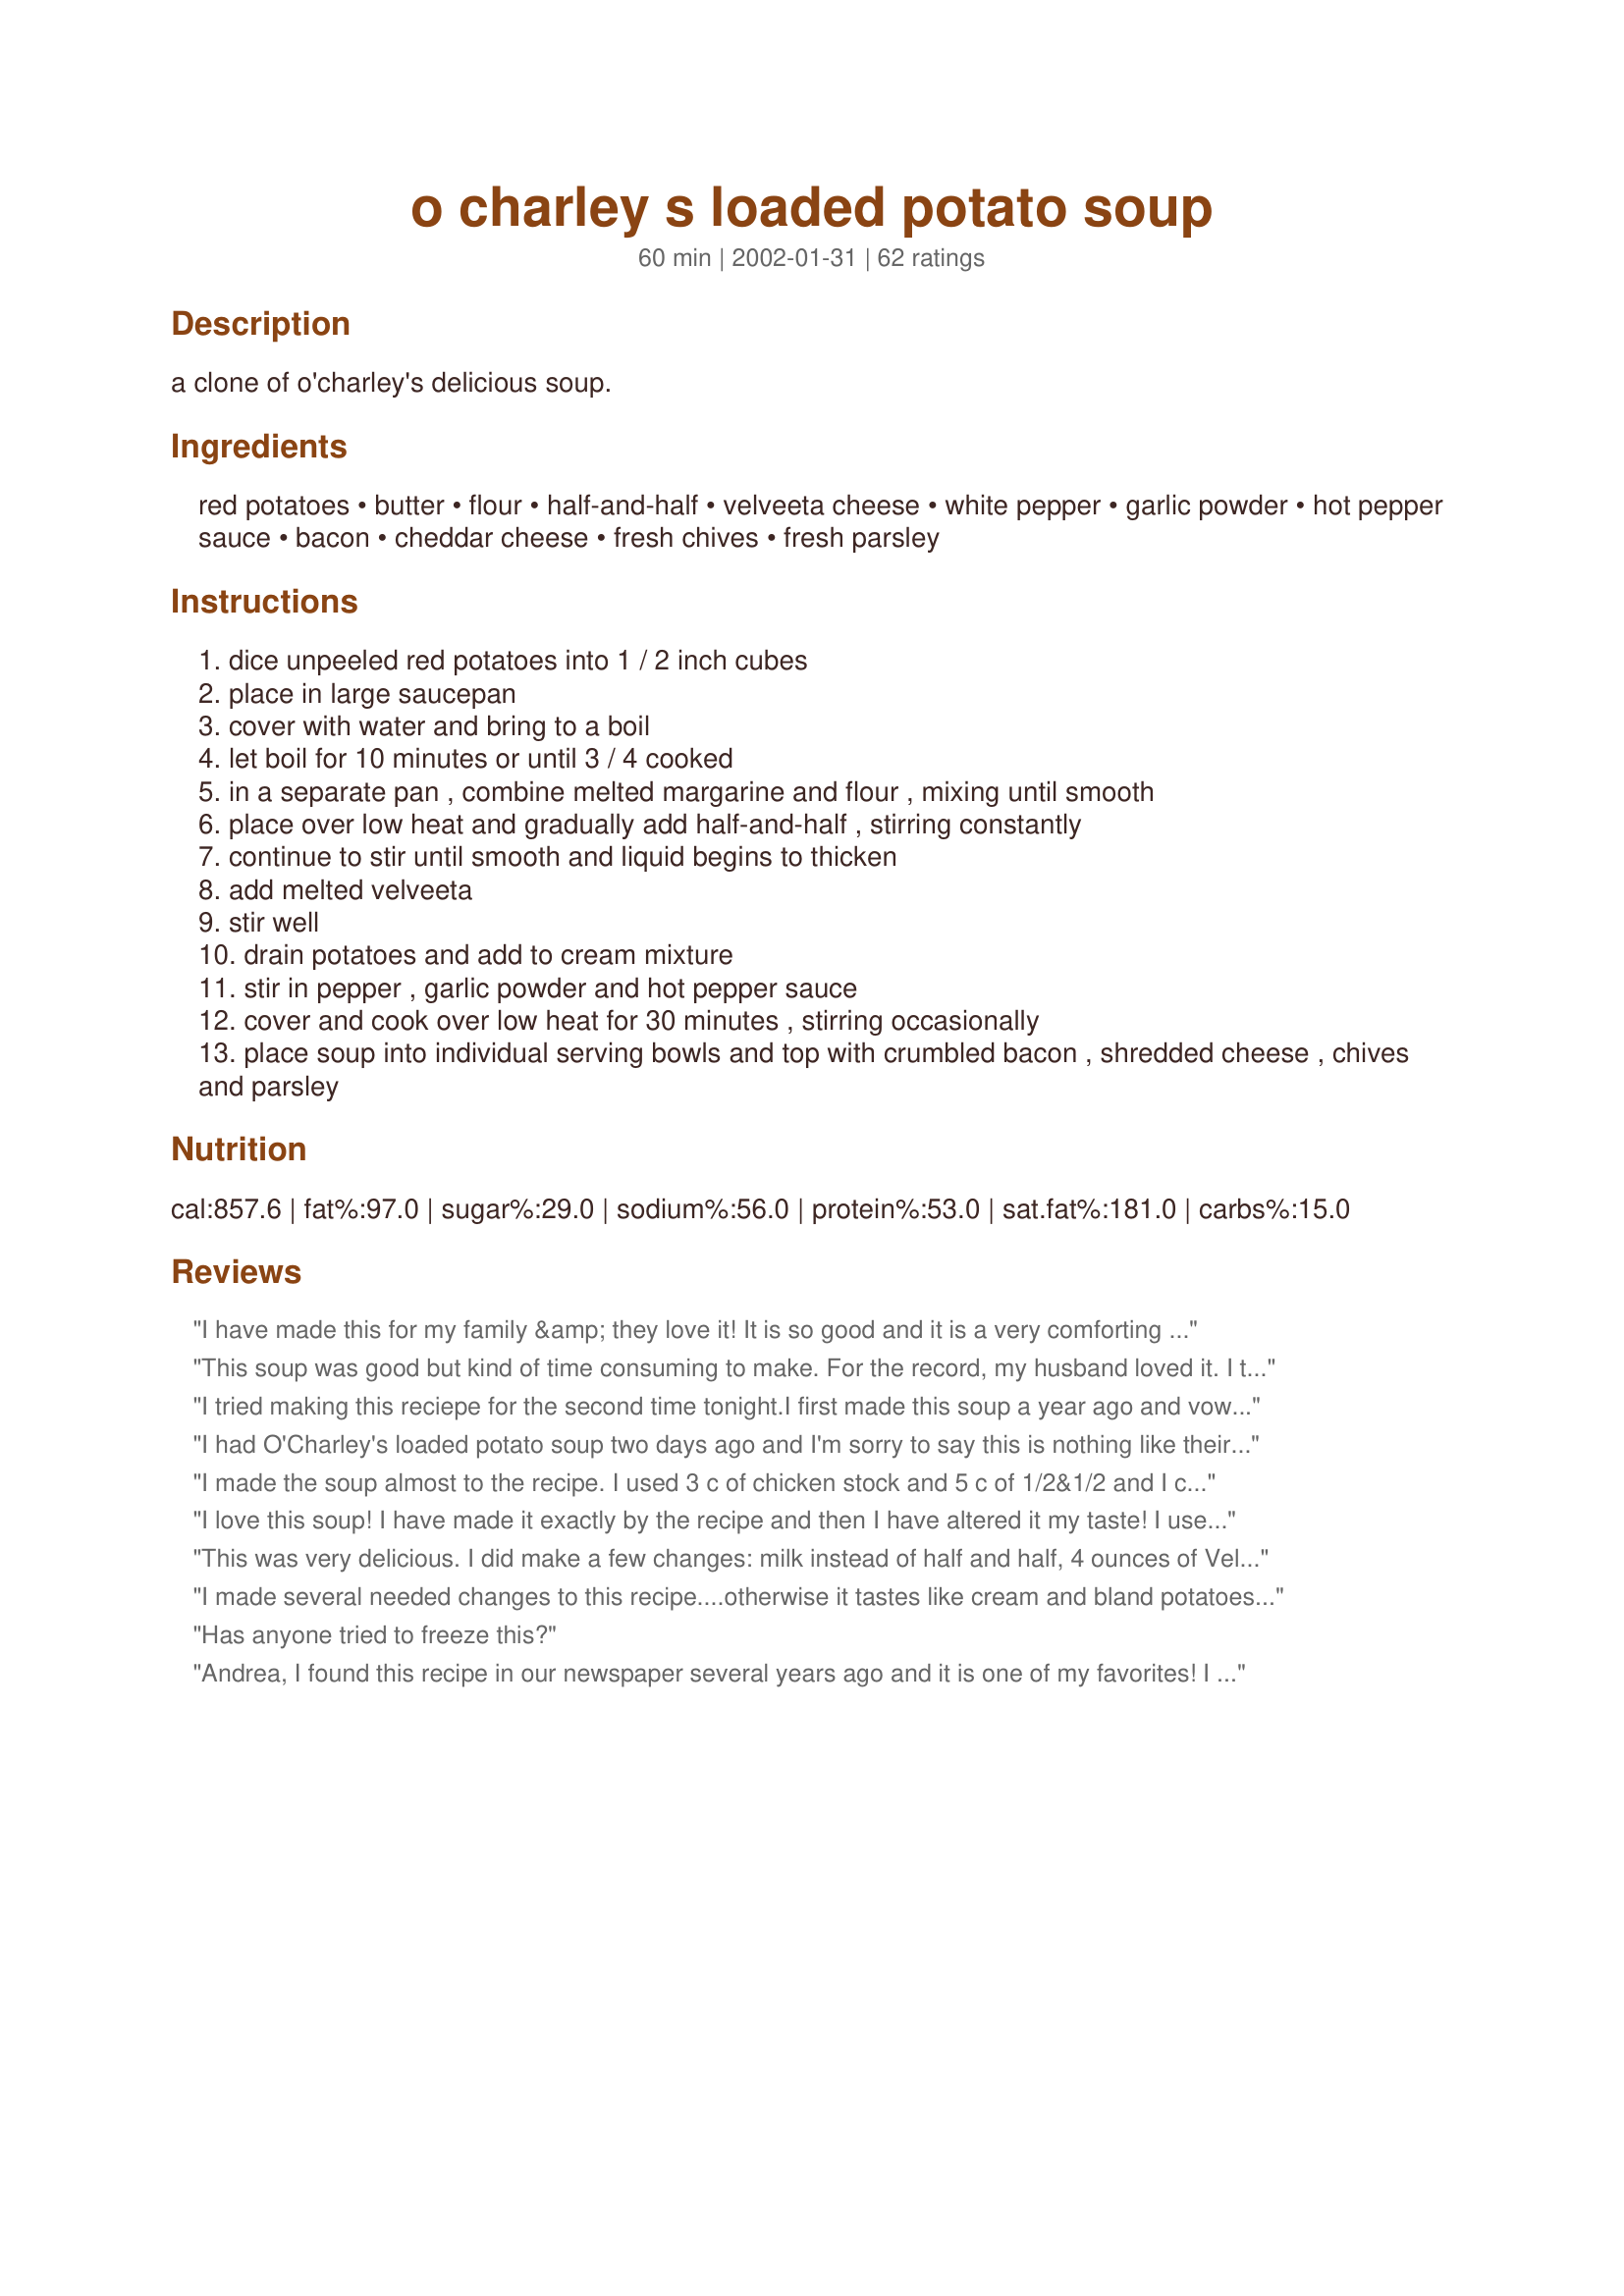
o charley s loaded potato soup
Preparation time: 60 minutes

a clone of o'charley's delicious soup.

Ingredients:
red potatoes, butter, flour, half-and-half, velveeta cheese, white pepper, garlic powder, hot pepper sauce, bacon, cheddar cheese, fresh chives, fresh parsley

Steps:
dice unpeeled red potatoes into 1 / 2 inch cubes
place in large saucepan
cover with water and bring to a boil
let boil for 10 minutes or until 3 / 4 cooked
in a separate pan , combine melted margarine and flour , mixing until smooth
place over low heat and gradually add half-and-half , stirring constantly
continue to stir until smooth and liquid begins to thicken
add melted velveeta
stir well
drain potatoes and add to cream mixture
stir in pepper , garlic powder and hot pepper sauce
cover and cook over low heat for 30 minutes , stirring occasionally
place soup into individual serving bowls and top with crumbled bacon , shredded cheese , chives and parsley

Reviews:
I have made this for my family &amp; they love it! It is so good and it is a very comforting soup. I love to make it on cool, fall days!
This soup was good but kind of time consuming to make. For the record, my husband loved it. I think using at least 1 cup of chicken stock in place of a cup of the half and half would add some flavor to the soup. I'll try that next time if I make it again.
I tried making this reciepe for the second time tonight.I first made this soup a year ago and vowed to never waste my money agian but I thought it's been a year,i'll give it another shot. No. I have no idea how so many people say this is an easy reciepe. It's the most hectic recipe ever. I love to cook, cook all the time. never have a problem with my food not turning out but this soup. It's too much half and half and not enough cheese I always end up pouring some out and melting more cheese to put in this. Today, because I had to go bck and melt more cheese I ended up burning the bottom of the pot and the soup had a smokey taste.lol. I don't know. Good Luck, it seems to work for some.
I had O'Charley's loaded potato soup two days ago and I'm sorry to say this is nothing like their's. I feel like I wasted my time and money. I am very dissapointed to say the least! This was supposed to be our dinner!
I made the soup almost to the recipe. I used 3 c of chicken stock and 5 c of 1/2&1/2 and I cut the Velveeta back to about 8-10 oz because I wasn't sure I wanted the soup quite as thick as what I sometimes get at O'Charley's. While the recipe was finishing the last 30 min. I minced up about 1/4c sweet onion, 1/2 of a large stalk of celery and grated 1 carrot and sauteed them in 4 tsp of bacon grease and 1 T butter, seasoned w/ salt and pepper,until soft. I buzzed them in the food processor and stirred them into the soup. It added a nice background flavor although the soup is great as is. I just wanted to experiment. Our local O'Charley's garnishes with the shredded cheddar, sliced green onion and bacon, so I did too. Very awesome recipe! It's definitely a keeper! Thank you.
I love this soup! I have made it exactly by the recipe and then I have altered it my taste! I use 4 c half and half and 4 c white milk. All 8c of half and half makes it very rich! I use Susie's hot sauce and black pepper and it is just the right spice without being hot! My ONLY complaint with this is... The flour always gives it a chunky clumpy consistency! Anyone have a suggestion for this? I always cook mine in my crock pot because it sticks cooking it on the stove!
This was very delicious. I did make a few changes: milk instead of half and half, 4 ounces of Velveeta, added a teaspoon of chicken base. My soup did get pretty thick, considering I didn't use the half and half. I thought the garlic powder added a great taste.I will make it again!

Roxygirl in Colo.
I made several needed changes to this recipe....otherwise it tastes like cream and bland potatoes. I boiled my potatoes in half water and half chicken broth and added a finely chopped onion. With the roux i used 6 cups half and half and 2 cups chicken broth. I had to use the whole large velveeta loaf. It took it all to make it cheesy enough. I added more black pepper as well. Turned out much much better. Not a copy of O’Charleys, but very yummy!
Has anyone tried to freeze this?
Andrea, I found this recipe in our newspaper several years ago and it is one of my favorites! I have made it many, many times over the years and it remains one of the best. Very rich and cheesy and full of flavor for a potato soup. In my opinion, this recipe is better than the soup that is served at O'Charley's.
I've made this several times. Everybody LOVED it!
My family loved this soup. I will be cooking it often.
BEWARE!!!! This recipe is horrible!! My kids begged me to make ocharleys soup and I found this recipe and this was an epic fail!! I had to change nearly every thing about this recipe to make it even taste half way decent!! It&#039;s time consuming and expensive to make...to say I am disappointed would be an understatement!!
Sorry but I didn't like the soup at all. I couldn't taste the cheese and I think that it tasted like half and half. I consider myself to be a very good cook and followed the receipe closely. Perhaps I'll try again with milk and try my own take on the soup. Thank you anyways.
No it doesn't taste like O'Charlies, but it's a good start. I think there is too much half and half and not enough flavor. It's a very basic taste for picky eaters. Not sure if I will make this again tho.
We found this to be lacking in flavor. The only change I made was to use black pepper instead of white because it is what I had and what we like. I added more hot sauce, more garlic powder, more pepper and some shredded cheddar to the pot, but it still came up short on flavor. The only thing that really gave it some flavor was the bacon, so we had to use a lot of it.
while it taste nothing like O'Charleys soup it is still good. I doubled the amount of velvetta and added extra hot sauce for a kick. Ive even stirred in some ham on occasion and green onion on top.
I was craving Potato Soup, and I love the O'Charley's version. This was my first attempt at making it, and this recipe really hit it on the nose. I am not a fan of garlic, hot sauce, or velveeta, so I left those ingredients out, added just a pinch of sauted onions and didn't use as much half/half as suggested, in fact I used part half/half and part 2% milk (that's a lot of soup). I served it in Panera Bread Bowls, topped it with the shredded cheese, bacon and chives..WOW and it turned out fabulous..it was a definate hit with my family!
I don't know what happened during the process to where some reviewers came out with a negative review of this. I found it to be some of the best potato soup I've ever put in my mouth! I noticed the same reviews with a Panera Bread Broccoli Soup recipe here and it came out great when I made it. &quot;Guess it's just my great cooking ability.......&quot;, Chris said arrogantly.
I really do not like O'Charley's soup but was looking for a good recipe that my family along with myself would like. This soup was wonderful. I did replace 3 cups of the half and half with chicken stock. My son begs for this even through the hottest part of the summer. YUMMY!
Really enjoyed this! I made some changes suggested by another reviewer and used 4 cups half and half, 1 cup 1% milk, 1 cup chicken stock. I also boiled the potatoes in chicken stock rather than water. My personal changes to add some flavors that I LOVE were to add a diced onion to the butter and 1-2 cloves of minced garlic. I let it simmer for a while before adding the flour to create the roux (sp?) I think it added some wonderful flavors. I will definitely make this again!
First time making this recipe. I loved it. I only used 5 cups of half &amp; half with 2 cups of milk and 3/4 cup of chicken broth. I also added dried minced onion and 1 cup of shredded sharp cheese. Instead of hot sauce I sprinkled in Tony Chachere's more spicy seasoning. It turn out silky smooth and flavorful.
I made a much simpler version. 5 cups water, 6 large potatoes diced. Cook potatoes for 15-20 minutes, turn off heat add 1/2 large box velveeta cheese cubed, let melt. Add 2 cans cream celery and 1 can cream of chicken soup. Mix and let simmer on low til ready to serve. Top with bacon bits and chives, serve with grilled cheese.
This soup is incredible! It's way better than the soup served at O'Charlies. Like most others, I altered the recipe a bit. I used 4 cups half and half, 1 cup 2% milk, 1 cup chicken stock. Also, I used fresh black pepper instead of white pepper. In my opinion, It also helps to boil the potatoes in chicken stock rather than water. My wife says it's the best soup she has ever had! I will be making this again for sure! Thanks!
delicious! Freezes really well too, thanks for the recipe
The WORST potato soup recipe I have ever made. Extremely bland with no flavor.
Oh my....GOOD GOOD GOOD!

I made this for a dinner party I was hosting. It was a soup and salad theme along with white bean chili, this loaded potato soup was gone. They loved it. They were scraping the pot for more. Really good. Fatting...but if you eat it with a salad, the it all balances out.
This does not taste like o&#039;charley&#039;s. I made it and it was sweet. I will try iamchefrosie&#039;s next time
I was in the mood for potato soup and this went beyond what I wanted, this was not only EASY to make but it was GREAT!!! This is a MUST TRY!!! Thank you for posting it!!!
I have been wanting to have some of O'Charley's potato soup since I moved from SC, I was so excited when I found the recipe on here. It was SOOOOOO GooooD and the family loved it. I will cook it again and again. You know it's good when the kids ask for seconds.
Yummy!!!
Are you certain there are not errors in this recipe--says it makes 8 servings a n d there are 8
cups of half and half, 2 cups of cheese and 1/2 lb. of bacon. Is someone on a suicide mission?
That&#039;s 1 full cup of half and half per person, plus 1/4 cup of cheese and bacon to boot. Who in the world would ever drink 1 cup of half &amp; half? I think this reflects badly on your sight and the unhealthy lifestyle you promote. &#039;Nuf said!
I have made this recipe twice and made changes for simple mistakes like the amount of butter to flour will not allow a good roux to form, therefore, the soup will not be as thick as it should be. I had to add more flour and used only milk and cooked the potatoes in the microwave for 10 minutes then added it to the soup. MUCH faster to do it this way and much tastier. Use bacon bits instead of cooking bacon. The soup thickened up nicely when I added the cooked potatoes and it was delicious
I really love this soup. It does take a lot of time and effort but it is oh so worth it! I usually end up adding more velveeta and cheddar but that is ebcause I like it very cheesy. I dont use half and half, I prefer to use milk and it turns out just fine. It tastes amazing!
 It isnt exactly the same as the restaurants, but it is close and very good!!!
The best soup i've ever had!!!
Very good, made as is only added a bit of seasoned salt to make the flavor "pop". Thanks for the recipe!
Omg just made this for me n my mom it is amazing I love it and so does she
The only thing this lacked was flavor. Sounded good, ended up being really boring. Nice try.

Just like o'charley's???
i made the recipe exactly as stated and used quality ingredients. It looked nothing, tasted nothing, was nothing like o'charley's potato soup.
Andrea,
 I was at O'Charley's last week and tried this soup for the very first time,It was Oh My Gosh Good. So I went looking for the recipe,little did I expect to find it on my own recipe site!!
I was very pleased.And I thank you so much,it is DELICIOUS!!!!
Thanks,Darlene Summers
This is a grrrreat recipe!! Had it for the first time last night. For the poor reviews, it is definitely important to take your time with this soup- you can't just throw all the cream in at once and expect it to thicken. If you don't try to make this a 30min meal and are patient with it and let it do it's thing, it will be perfect. This is awesome. This is now a staple. Thanks for posting!
This was the Best tasting soup I have ever put in my Mouth I did ,change som things didn't have white pepper omitted it .I added bacon right to the soup ...As well as have more when we eat the soup again Love it !!!!!!!!!!
I don't like soup, but I loved this. I followed the recipe closely with the exception of adding some romano cheese, and just say back and watched my friends devour the soup. Great recipe!
My family absolutely LOVED this!!! I did add a little milk and a lot more hot sauce. Will be making again. Thanks for posting!!
My son, who doesn't like anything but hotdogs..loved this soup. We all love to go to O'Charley's for soup and rolls. My entire family loved it. My husband, who doesn't normally like potato soup, said that it was great. Thanks for a great recipe!
One word....Yummy!! My kids asked me to make this soup after trying it at the restaurant. Any recipe that gets rave reviews from my husband and kids is a DEFINITE KEEPER. Great job Andrea!!
Not even close to O&#039;Charley&#039;s. For the first time, I made something I could not eat. Tasted nothing but half
Close clone... I actually worked at O'Charley's.. sub cheese sauce (comes in #10 can) and also add jalopeno juice.. we used powdered cream soup base, but you can thicken a milk product or even thicken non dairy creamer :)
Not an exact clone but certainly a more than adequate substitute. This soup is definitely a meal in itself, very rich and comforting for the first chilly days of the year. I followed the recipe, as I feel that is really the only way a cook can rate another cook's recipe. Deviations and substitutions don't give the posting cook a fair review of their recipe.
this is one of the best soups i've ever eaten!! i use white potatoes, half milk and half water instead of half and half, use just the velveeta no cheddar cheese, instead of frying bacon i use the real bacon pieces (soft ones) a whole package, and dried chives and parsley also add some green onion...mmmmm good stuffs!! can't say enough good stuff about this soup! hint!! do not boil, it will clump the milk, it still tastes good but looks a little funny...LoL
Yum!!!
This is yummy!!!! The whole family loved this. I did not use the whole amount of half and half--used 1/2 the called for amount and the rest 2% milk.
Made it!! LOVED it!! The only things I did differently, boiled potatoes in chicken stock from grocery store (not homemade). Also put meat of three strips of bacon & about a tblsp of chopped chives into the soup right from the beginning. Allowing the flavors to marry a bit longer. Cooked on low for an hour; it's soup the longer it stews the better. This soup doesn't get much better!! Yummie.
I love this recipe. I used the velvetta pepper jack cheese and left out the hot pepper sauce. It was fabulous!!
Dam this soup was great! A little less half and half, Black Pepper not White, and a little Hot Sauce .. Funn Great and Good. For everyone who didn't like this dish needs to get a check-up from the neck up....
This soup is pretty good and easy to make, but it doesn't taste like O'Charley's Loaded potato soup. Still good recipe, and will most likely make it again.
This was delicious! Just as good, if not better than O'Charley's! I only made 2 changes- I did not have any white pepper to use, so I didn't use any pepper and I added 4 more oz of cheese - I love cheese and had a little extra to use up :) Will make again and again. I cannot wait for my mom to try it, we have to drive 1.5 hrs just to get this soup from O'Charley's. Thank you! I high recommend this! Also, to save a bit of time- Oscar Mayer REAL bacon bits work great!! Make sure it says real - not those fake bacon bits :)
I actually just went to O'Charleys for the first time while I was in Ohio. I tried this soup and I LOVED it!!! I am going home tonight to make this recipe for dinner to see if it compares. :-)
The reason that this may not taste like O"Charley's Soup is because the recipe is not right. I worked there for 7 years and here is the exact recipe that we follow at the restaurant. You can adjust it to meet your needs.<br/>15#'s of Fresh New Potatoes cut 3/8 x 3/8 x 1" skin on so wash them first<br/>("Do not over cook them, they should be soft but firm , portion them in 5 pounds bags, and refrigerate them. Heat them in microwave until and then add to soup as you go. They will become mussy if you add them straight to the soup!. <br/>8 gal Water ( 4 to use when boiling the potatoes) 4 gal to prepare the Cream soup base<br/>4 Pk cream soup base<br/>4 0z Chicken Base (weight)<br/>2 #10 Cans cheese sauce <br/>2 TBS white pepper<br/>2 TBS Garlic Power<br/>2 TBS Tabasco sauce<br/>1/2 cp.. Jalapeño juice<br/> Mix the cream soup base with the water, Bring to boil and reduce heat for 20 min.<br/>After simmering add Chicken base, cheese sauce, white pepper, garlic powder, Tabasco sauce and Jalapeño juice.<br/>Mix well simmer for 10 min.<br/>This yields 6 gallons<br/>Shelf life is 3 days, you can refrig and reheat in Microwave or stove top.<br/><br/>,
This was the most delicious recipe I have found! It tastes exactly like O'Charley's Loaded Potato Soup! Enjoy...because I sure did :) Thanks for the recipe!
I just served this as an appetizer at my Thanksgiving meal and everybody said it was the best soup they had ever had! I substituted about one third of the half and half w/ chicken broth and added less than a teaspoon of bacon grease. This was SOOOO good!
